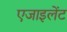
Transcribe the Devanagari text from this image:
एजाइलेंट